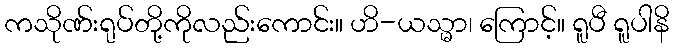
ကသိုဏ်းရုပ်တို့ကိုလည်းကောင်း။ ဟိ-ယသ္မာ၊ ကြောင့်။ ရူပီ ရူပါနိ